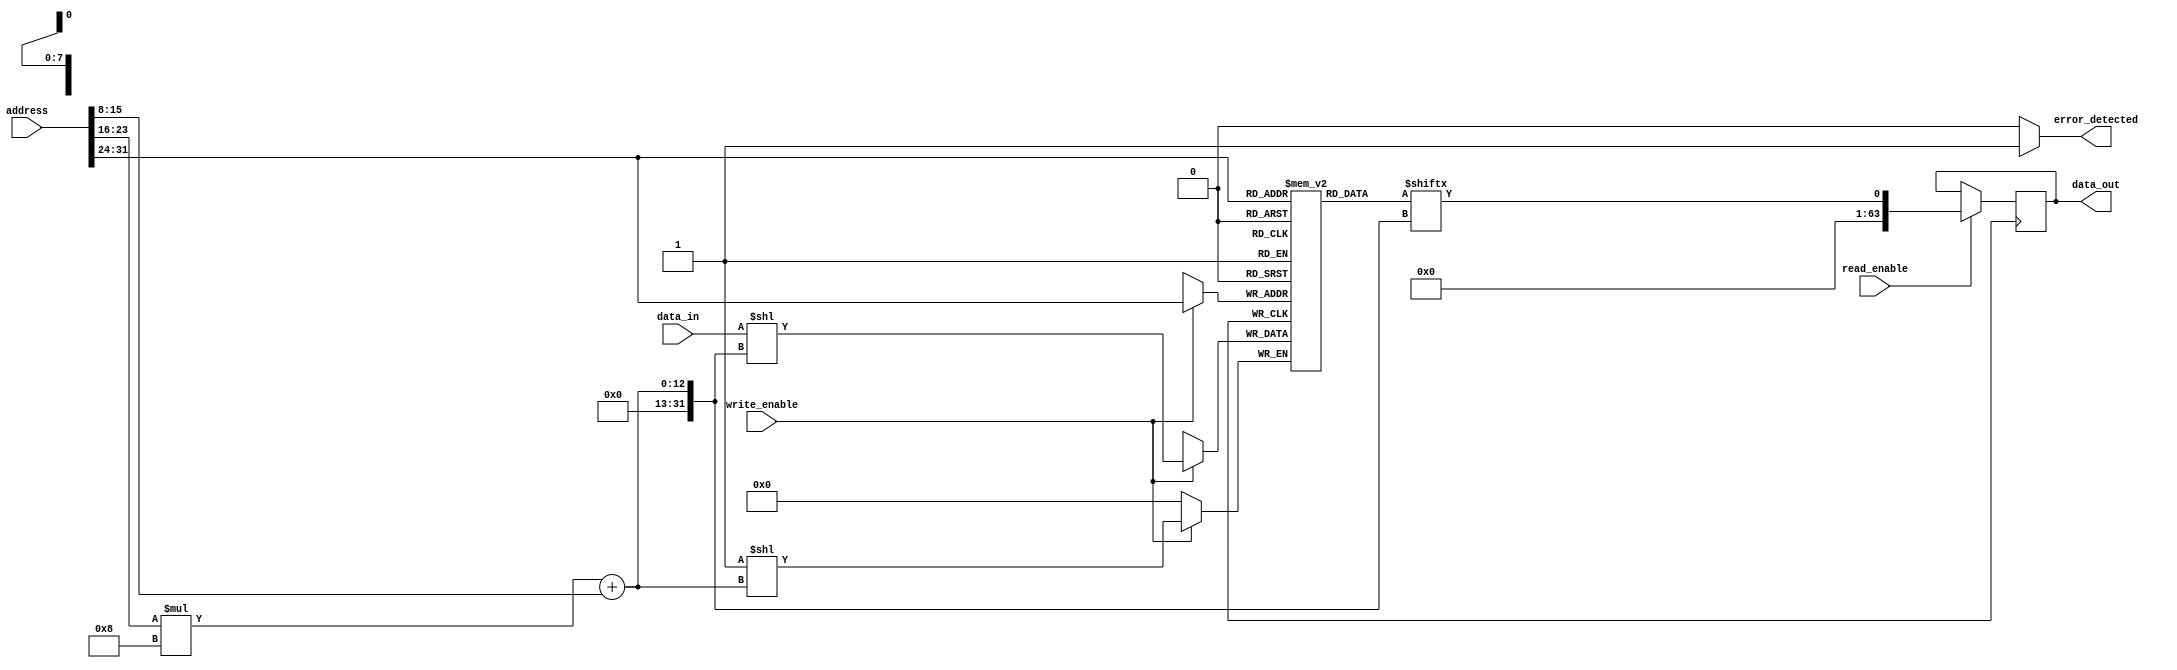
module MemoryBlocks_HBM (
    input wire [31:0] address,
    input wire [63:0] data_in,
    input wire read_enable,
    input wire write_enable,
    output reg [63:0] data_out,
    output reg error_detected
);

// Memory blocks organization
reg [7:0] memory_block_sel;
reg [7:0] row_address;
reg [7:0] column_address;

// Memory blocks interconnected with high bandwidth interfaces
reg [63:0] memory_blocks [0:255];

// Address decoding logic
always @ (address)
begin
    memory_block_sel = address[31:24];
    row_address = address[23:16];
    column_address = address[15:8];
end

// Read and write operations
always @ (posedge clk)
begin
    if (read_enable)
        data_out <= memory_blocks[memory_block_sel][row_address * 8 + column_address];
    
    if (write_enable)
        memory_blocks[memory_block_sel][row_address * 8 + column_address] <= data_in;
end

// Error correction code functionality
always @ (*)
begin
    // ECC logic goes here
    if (error_detected_condition)
        error_detected <= 1;
    else
        error_detected <= 0;
end

endmodule